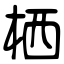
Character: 栖